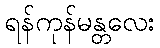
ရန်ကုန်မန္တလေး